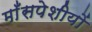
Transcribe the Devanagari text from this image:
माँसपेशीयों